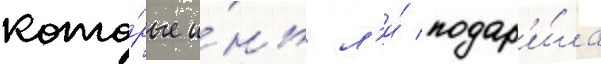
кото́рые и́нь л'и́ подар'и́ла